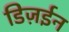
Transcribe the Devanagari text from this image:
डिज़ईन